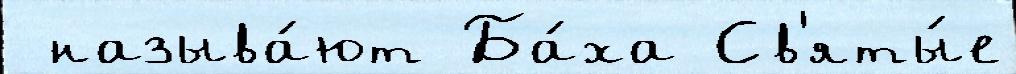
 называ́ют Ба́ха Св'яты́е